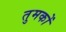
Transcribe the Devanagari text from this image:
तुमकों